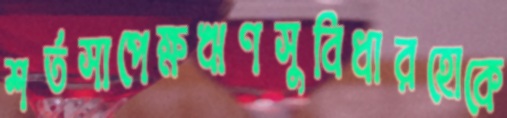
শর্তসাপেক্ষঋণসুবিধারহোকে